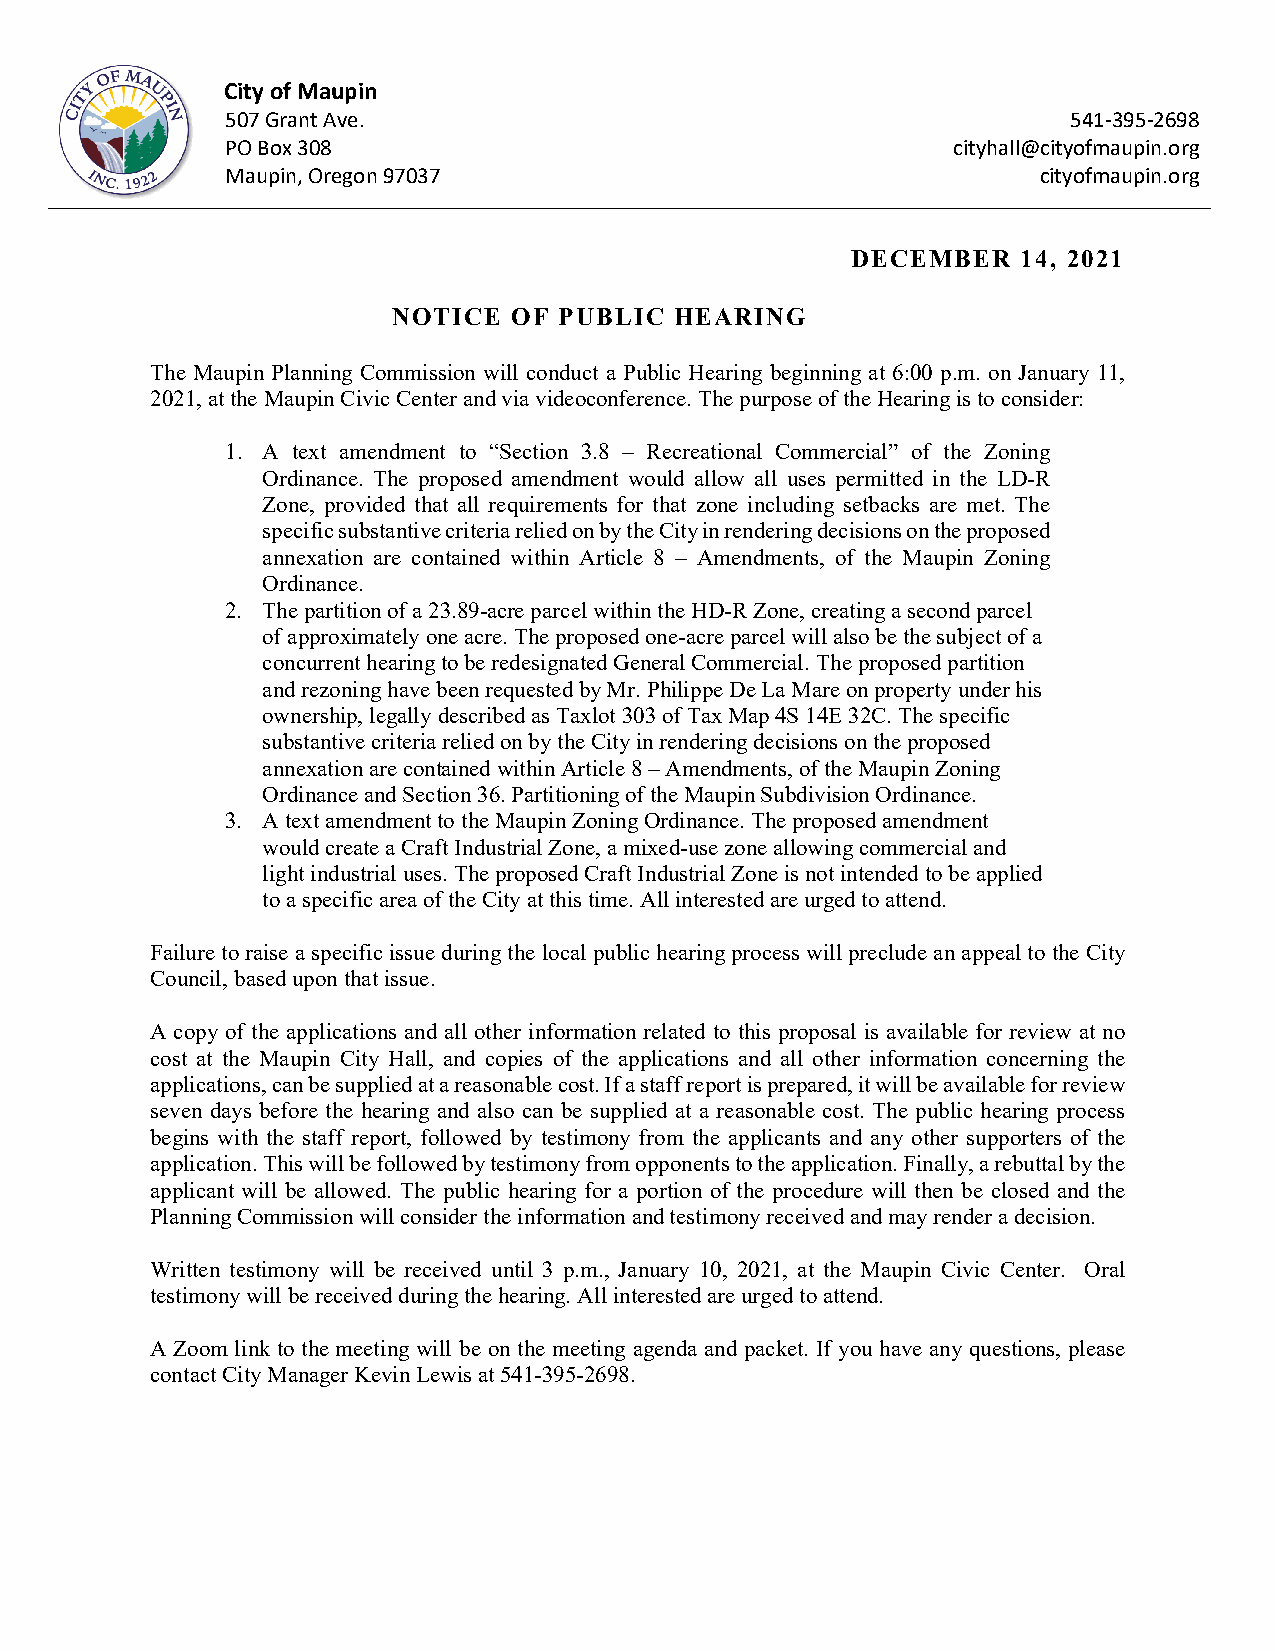
City of Maupin
 507 Grant Ave.                                          541-395-2698
 PO Box 308                                      cityhall@cityofmaupin.org
 Maupin, Oregon 97037                                  cityofmaupin.org
 DECEMBER    14, 2021
 NOTICE  OF PUBLIC  HEARING
 The Maupin Planning Commission will conduct a Public Hearing beginning at 6:00 p.m. on January 11,
 2021, at the Maupin Civic Center and via videoconference. The purpose of the Hearing is to consider:
 1. A text amendment to “Section 3.8 – Recreational Commercial” of the Zoning
 Ordinance. The proposed amendment would allow all uses permitted in the LD-R
 Zone, provided that all requirements for that zone including setbacks are met. The
 specific substantive criteria relied on by the City in rendering decisions on the proposed
 annexation are contained within Article 8 – Amendments, of the Maupin Zoning
 Ordinance.
 2. The partition of a 23.89-acre parcel within the HD-R Zone, creating a second parcel
 of approximately one acre. The proposed one-acre parcel will also be the subject of a
 concurrent hearing to be redesignated General Commercial. The proposed partition
 and rezoning have been requested by Mr. Philippe De La Mare on property under his
 ownership, legally described as Taxlot 303 of Tax Map 4S 14E 32C. The specific
 substantive criteria relied on by the City in rendering decisions on the proposed
 annexation are contained within Article 8 – Amendments, of the Maupin Zoning
 Ordinance and Section 36. Partitioning of the Maupin Subdivision Ordinance.
 3. A text amendment to the Maupin Zoning Ordinance. The proposed amendment
 would create a Craft Industrial Zone, a mixed-use zone allowing commercial and
 light industrial uses. The proposed Craft Industrial Zone is not intended to be applied
 to a specific area of the City at this time. All interested are urged to attend.
 Failure to raise a specific issue during the local public hearing process will preclude an appeal to the City
 Council, based upon that issue.
 A copy of the applications and all other information related to this proposal is available for review at no
 cost at the Maupin City Hall, and copies of the applications and all other information concerning the
 applications, can be supplied at a reasonable cost. If a staff report is prepared, it will be available for review
 seven days before the hearing and also can be supplied at a reasonable cost. The public hearing process
 begins with the staff report, followed by testimony from the applicants and any other supporters of the
 application. This will be followed by testimony from opponents to the application. Finally, a rebuttal by the
 applicant will be allowed. The public hearing for a portion of the procedure will then be closed and the
 Planning Commission will consider the information and testimony received and may render a decision.
 Written testimony will be received until 3 p.m., January 10, 2021, at the Maupin Civic Center. Oral
 testimony will be received during the hearing. All interested are urged to attend.
 A Zoom link to the meeting will be on the meeting agenda and packet. If you have any questions, please
 contact City Manager Kevin Lewis at 541-395-2698.